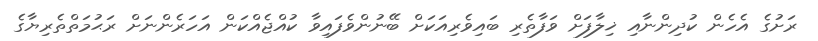
ރަށުގެ އެހެން ކުދިންނާއި ޚިލާފަށް ވަފާތެރި ބައިވެރިއަކަށް ބޭނުންވެފައިވާ ކުއްޖެއްކަން އަހަރެންނަށް ރަޙުުމަތްތެރިޔާގެ